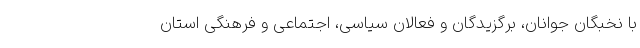
با نخبگان جوانان، برگزیدگان و فعالان سیاسی، اجتماعی و فرهنگی استان